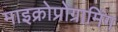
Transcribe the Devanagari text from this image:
माइक्रोप्रोग्रामिंग